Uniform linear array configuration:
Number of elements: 48
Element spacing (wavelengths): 0.25
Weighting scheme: blackman
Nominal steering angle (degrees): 60
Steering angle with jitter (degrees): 60.025
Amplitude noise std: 0.05
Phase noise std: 0.05

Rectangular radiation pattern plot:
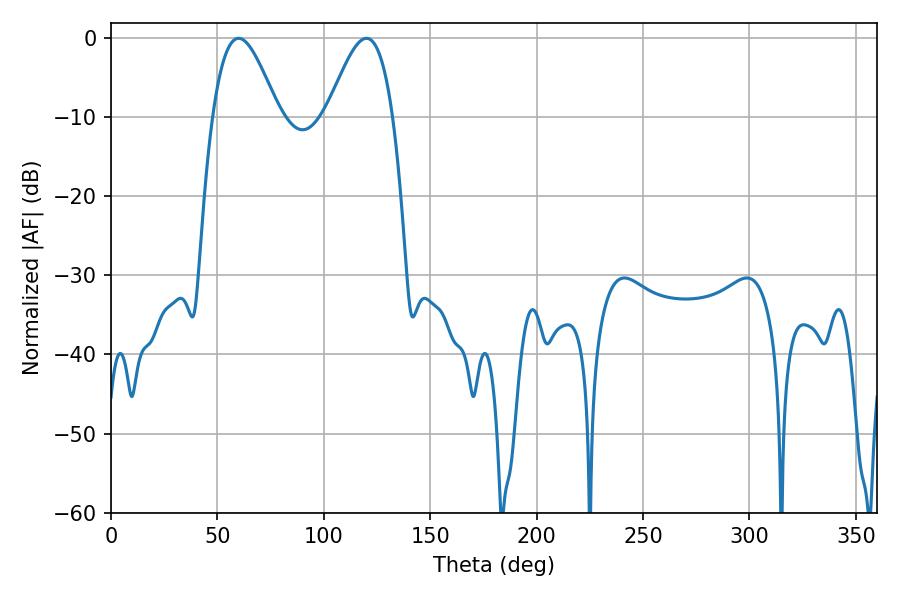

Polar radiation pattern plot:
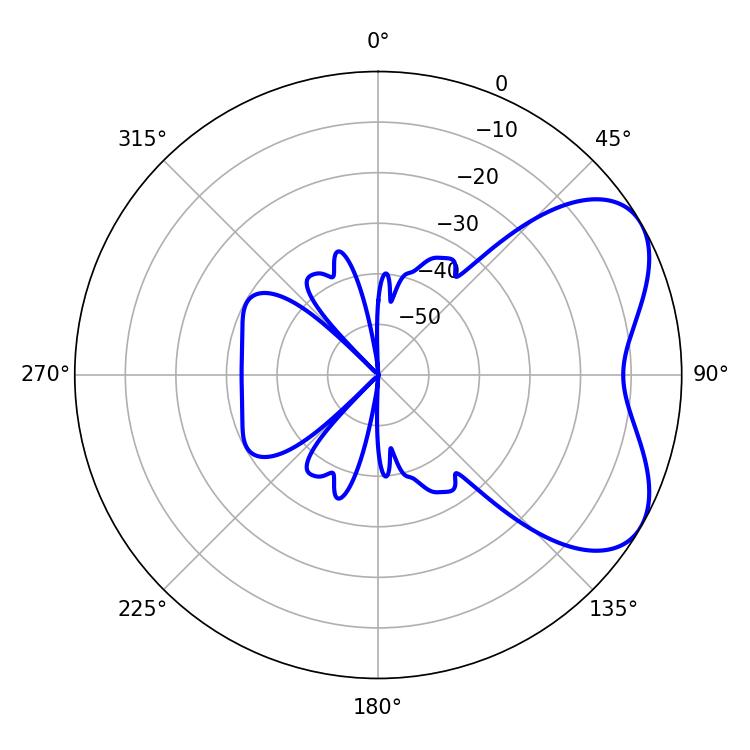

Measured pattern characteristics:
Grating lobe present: FALSE
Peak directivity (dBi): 5.4
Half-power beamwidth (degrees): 16.56
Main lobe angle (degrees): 59.94